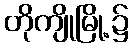
တိုကျိုမြို့၌